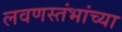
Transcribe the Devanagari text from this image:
लवणस्तंभांच्या